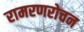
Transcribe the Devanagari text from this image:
रामरणरोचन